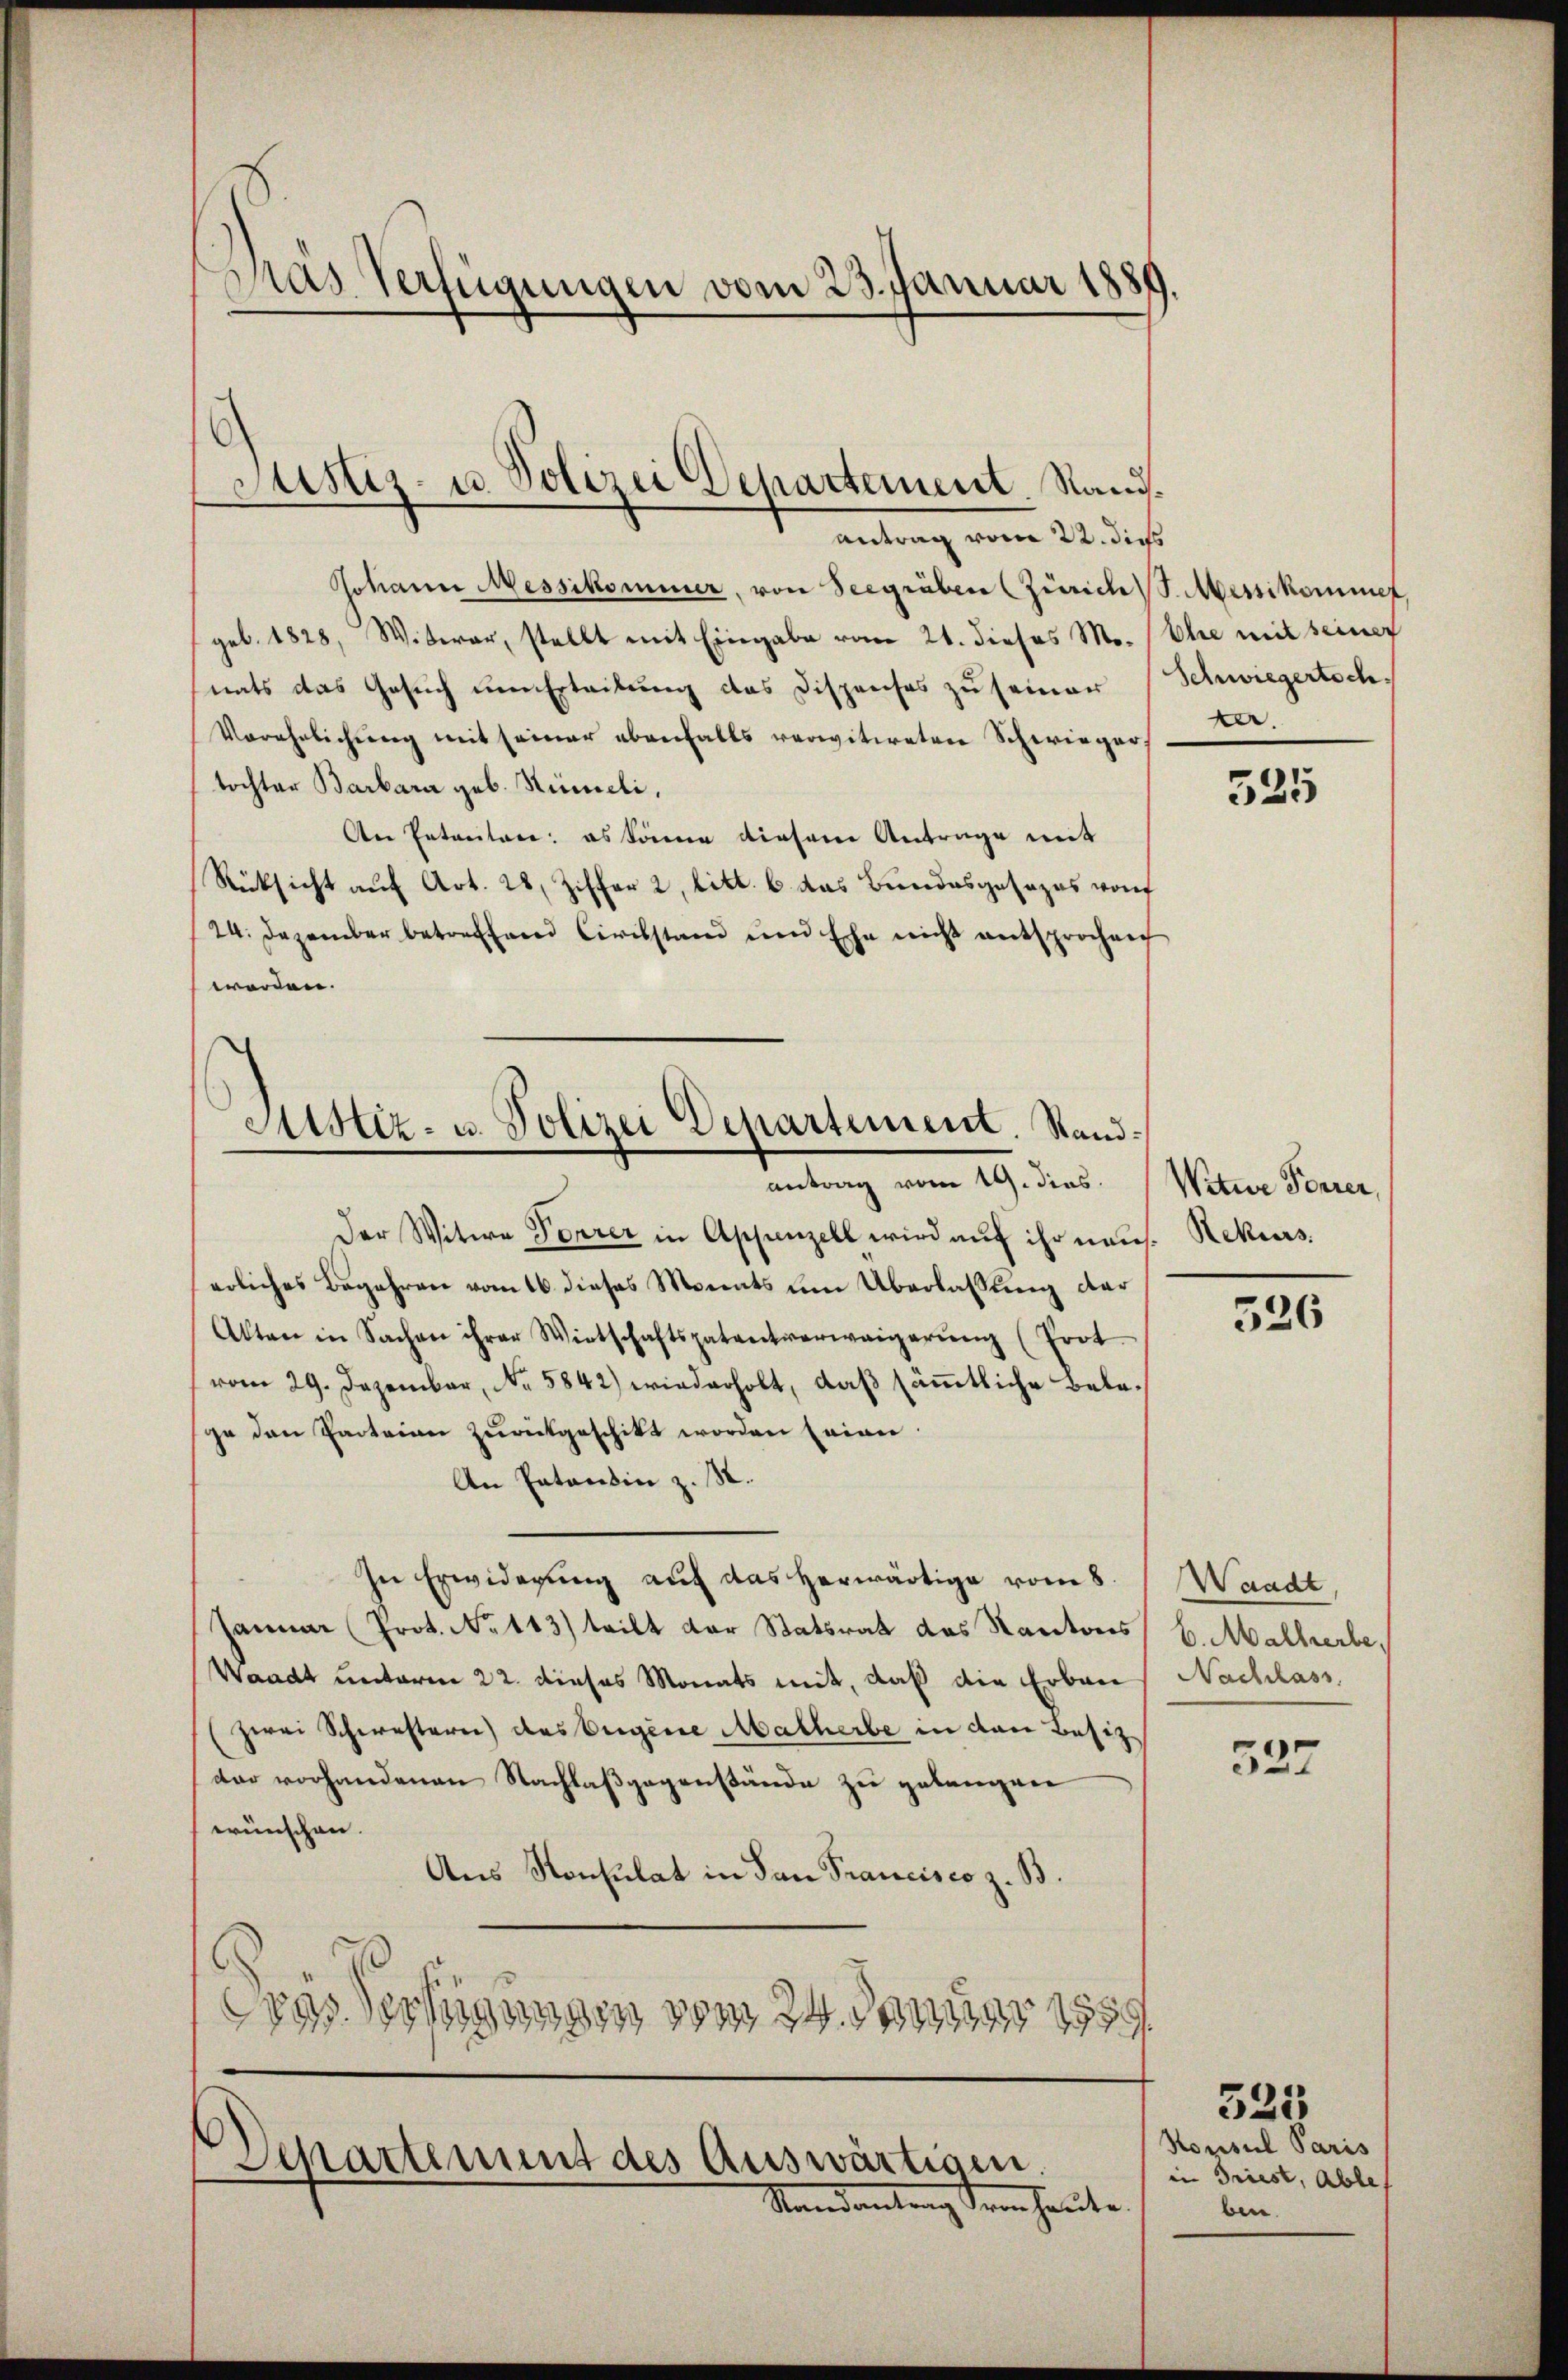
Pas Verfügungen vom 23. Januar 1889.

Justiz- u. Polizei Departement. Sandantrag vom 22. dies

Johann Messikommer, von Seegräben (Zürich S. Messikommet,
geb. 1828, Witwer, stellt mit Eingabe vom 21. dieses Mo. (Ehe mit seiner
nats das Gesuch um Erteilung des Dispenses zu seiner
Verehelichŭng mit seiner ebenfalls verwitweten Schwieger
tochter Barbara geb. Rümeli,
An Entreiten: es könne diesem Antrage mit
Rücksicht auf Art. 28, Ziffer 2, litt. b. das Bundesgesezes von
24. Dezember betreffend Civilstand und Ehe nicht entsprochen
worden.
Der Witwe Forrer in Appenzell wird auf ihr neu. Rekurs
erliches Begehren vom 16. dieses Monats um Überlassung der
Akten in Sachen ihrer Wirtschaftspatentverweigerŭng (Prot
vom 29. Dezember, No. 5842) wiederholt, daß sämmtliche Belege den Parteien zurückgeschikt worden seien.
An Patentin z. S.
In Erwiderung auf das herwärtige vom 8. Waadt,
Januar (Prot. No 113) teilt der Statsrat das Kantons
Waadt unterm 22. dieses Monats mit, daß die Erbau
(zwei Schwestern) das Eigene Matherbe in den Besiz
dar vorhandenen Nachlaßgegenstände zu gelangen
wünschen.
Aus Konsulat in den Prancisco z. B.
Das Vertigungen vom 24. Januar 1889

Astiz- u. Polizei Departement. Standantrag vom 19. dies

Separtement des Auswärtigen.
Randantrag der heute

Schwiegertoch
ta.

535

Witwe Ferier,

326

b. Malherbe.
Nachlass

527

Konsul Paris
in Triest, Ables
ben.

325